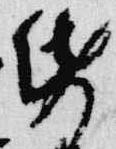
紙